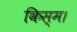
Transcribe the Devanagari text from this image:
किस्म।